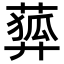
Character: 𦻨